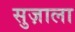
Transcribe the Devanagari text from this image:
सुज़ाला